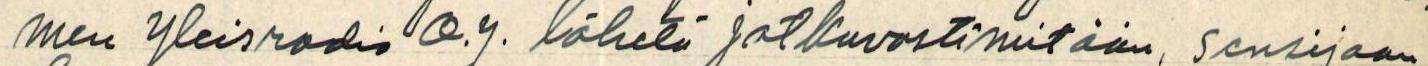
men yleisradio O.Y. lähetä jatkuvasti mitään, sensijaan